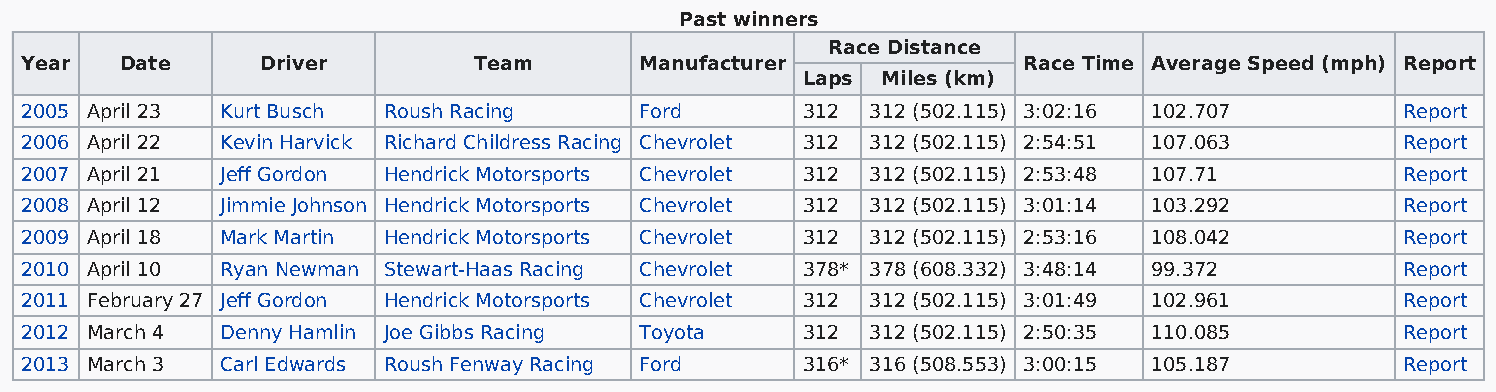
Past winners
 Race Distance
 Year   Date     Driver        Team       Manufacturer              Race Time Average Speed (mph) Report
 Laps Miles (km)
 2005 April 23 Kurt Busch Roush Racing    Ford       312  312 (502.115) 3:02:16 102.707      Report
 2006 April 22 Kevin Harvick Richard Childress Racing Chevrolet 312 312 (502.115) 2:54:51 107.063 Report
 2007 April 21 Jeff Gordon Hendrick Motorsports Chevrolet 312 312 (502.115) 2:53:48 107.71   Report
 2008 April 12 Jimmie Johnson Hendrick Motorsports Chevrolet 312 312 (502.115) 3:01:14 103.292 Report
 2009 April 18 Mark Martin Hendrick Motorsports Chevrolet 312 312 (502.115) 2:53:16 108.042  Report
 2010 April 10 Ryan Newman Stewart-Haas Racing Chevrolet 378* 378 (608.332) 3:48:14 99.372   Report
 2011 February 27 Jeff Gordon Hendrick Motorsports Chevrolet 312 312 (502.115) 3:01:49 102.961 Report
 2012 March 4  Denny Hamlin Joe Gibbs Racing Toyota  312  312 (502.115) 2:50:35 110.085      Report
 2013 March 3  Carl Edwards Roush Fenway Racing Ford 316* 316 (508.553) 3:00:15 105.187      Report